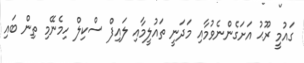
ގައުމިީ ރޫޙު އަށަގެންނެވުމާއި މަދަނީ ތައުލީމާއި ލައިފް ސްކިލް ހިމެނޭމި ތިން ބައި